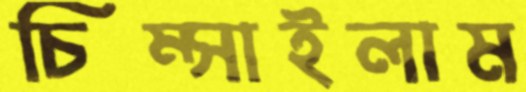
চিম্‌সাইলাম